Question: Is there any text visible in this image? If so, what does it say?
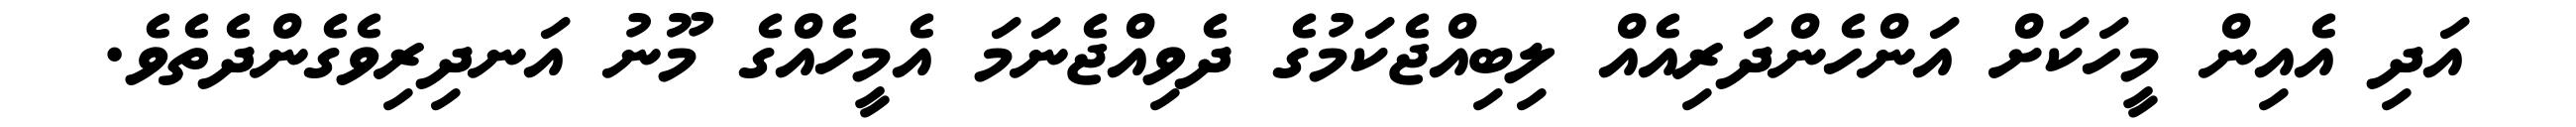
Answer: އަދި އެއިން މީހަކަށް އަންހެންދަރިއެއް ލިބިއްޖެކަމުގެ ދެވިއްޖެނަމަ އެމީހެއްގެ މޫނު އަނދިރިވެގެންދެތެވެ.